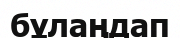
бұлаңдап